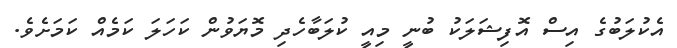
އެކުލަބުގެ އިސް އޮފިޝަލަކު ބުނީ މިއީ ކުލަބާހެދި މޮޔަވުން ކަހަލަ ކަމެއް ކަމަށެވެ.